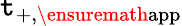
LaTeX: \mathtt{t}_{+,\ensuremath{{\mathrm{{app}}}}}